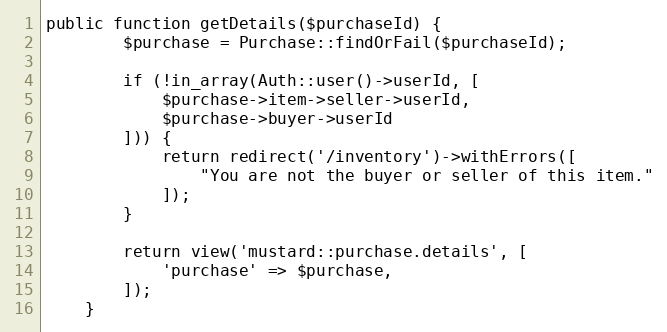
Language: PHP
public function getDetails($purchaseId) {
        $purchase = Purchase::findOrFail($purchaseId);

        if (!in_array(Auth::user()->userId, [
            $purchase->item->seller->userId,
            $purchase->buyer->userId
        ])) {
            return redirect('/inventory')->withErrors([
                "You are not the buyer or seller of this item."
            ]);
        }

        return view('mustard::purchase.details', [
            'purchase' => $purchase,
        ]);
    }